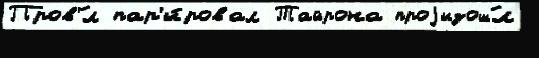
Пров'́л пар'и́ровал Тайрона проjизош́л